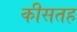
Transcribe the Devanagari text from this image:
कीसतह